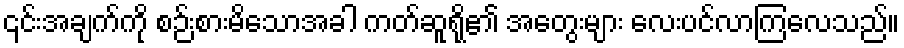
၎င်းအချက်ကို စဉ်းစားမိသောအခါ ကတ်ဆူရို၏ အတွေးများ လေးပင်လာကြလေသည်။